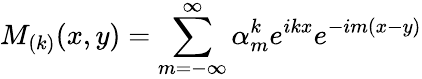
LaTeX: M_{(k)}(x,y)=\sum_{m=-\infty}^{\infty}\alpha_{m}^{k}e^{ikx}e^{-im(x-y)}